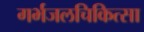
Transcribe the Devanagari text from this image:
गर्भजलचिकित्सा